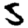
Digit: 5